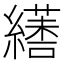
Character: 𦆏